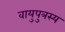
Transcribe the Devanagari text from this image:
वायुपुत्रस्य